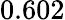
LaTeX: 0.602